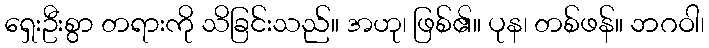
ရှေးဦးစွာ တရားကို သိခြင်းသည်။ အဟု၊ ဖြစ်၏။ ပုန၊ တစ်ဖန်။ ဘဂဝါ၊